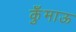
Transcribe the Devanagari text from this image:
कुँमाऊ